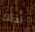
أذلك